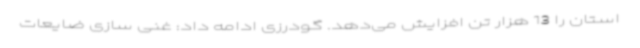
استان را 13 هزار تن افزایش می‌دهد. گودرزی ادامه داد: غنی سازی ضایعات